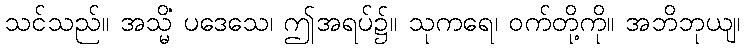
သင်သည်။ အသ္မိံ ပဒေသေ၊ ဤအရပ်၌။ သုကရေ၊ ဝက်တို့ကို။ အဘိဘုယျ၊